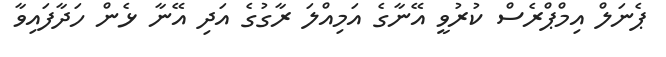
ޕެނަލް އިމްޕްރެސް ކުރުވީ އޭނާގެ އަމިއްލަ ރާގުގެ އަދި އޭނާ ޅެން ހަދާފައިވާ